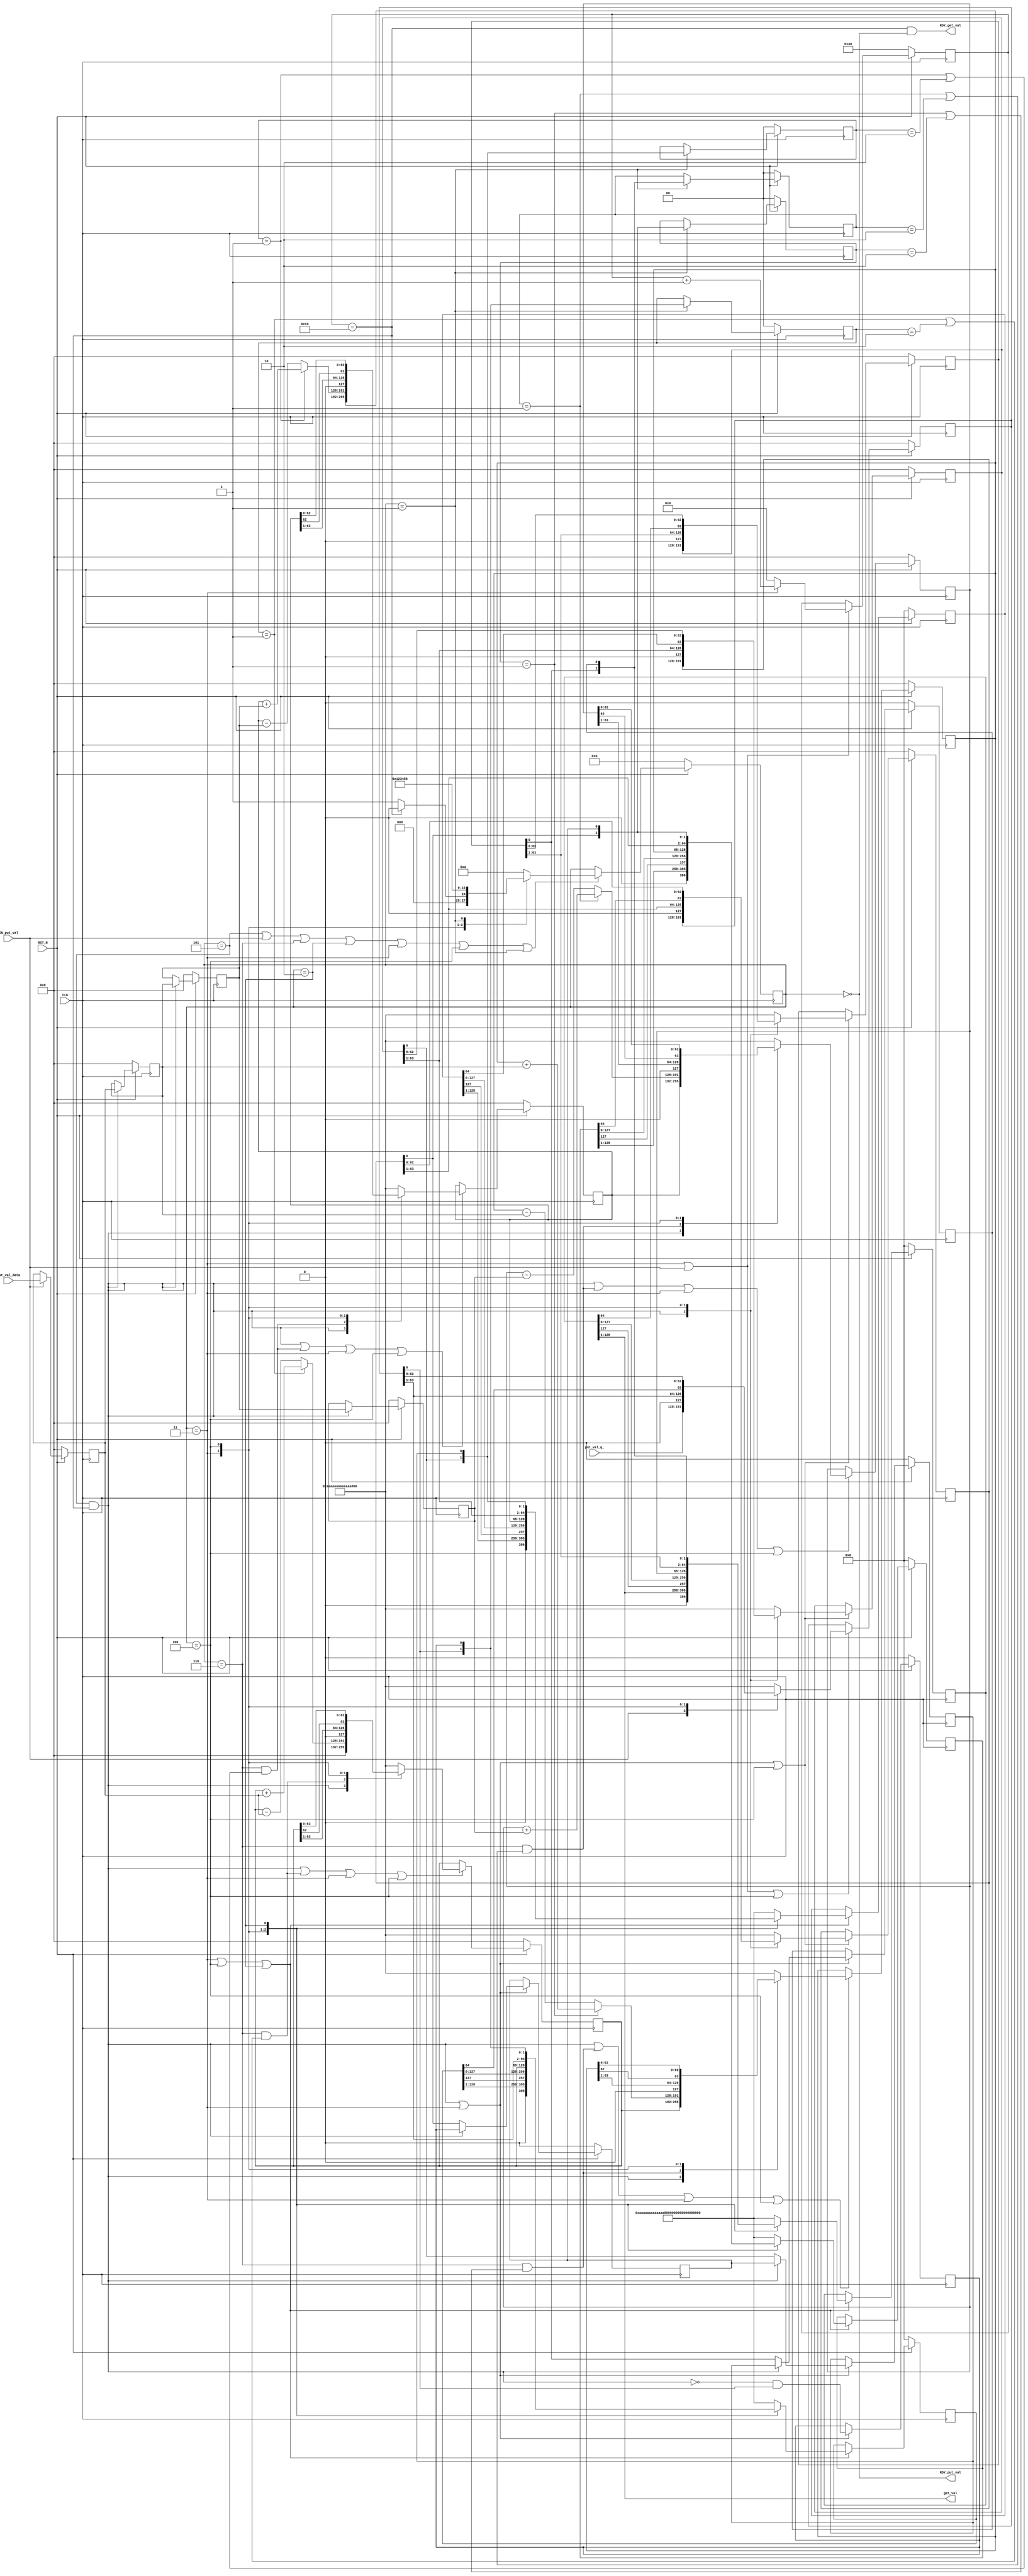
//
// Generated by Bluespec Compiler, version 2021.12.1 (build fd501401)
//
// On Mon Dec 11 01:23:20 IST 2023
//
//
// Ports:
// Name                         I/O  size props
// RDY_put_val                    O     1
// get_val                        O   128 reg
// RDY_get_val                    O     1
// CLK                            I     1 clock
// RST_N                          I     1 reset
// put_val_data                   I    64 reg
// put_val_q_                     I    64
// EN_put_val                     I     1
//
// No combinational paths from inputs to outputs
//
//

`ifdef BSV_ASSIGNMENT_DELAY
`else
  `define BSV_ASSIGNMENT_DELAY
`endif

`ifdef BSV_POSITIVE_RESET
  `define BSV_RESET_VALUE 1'b1
  `define BSV_RESET_EDGE posedge
`else
  `define BSV_RESET_VALUE 1'b0
  `define BSV_RESET_EDGE negedge
`endif

module mkMul(CLK,
	     RST_N,

	     put_val_data,
	     put_val_q_,
	     EN_put_val,
	     RDY_put_val,

	     get_val,
	     RDY_get_val);
  input  CLK;
  input  RST_N;

  // action method put_val
  input  [63 : 0] put_val_data;
  input  [63 : 0] put_val_q_;
  input  EN_put_val;
  output RDY_put_val;

  // value method get_val
  output [127 : 0] get_val;
  output RDY_get_val;

  // signals for module outputs
  wire [127 : 0] get_val;
  wire RDY_get_val, RDY_put_val;

  // register accumulator
  reg [63 : 0] accumulator;
  reg [63 : 0] accumulator$D_IN;
  wire accumulator$EN;

  // register accumulator_1
  reg [63 : 0] accumulator_1;
  reg [63 : 0] accumulator_1$D_IN;
  wire accumulator_1$EN;

  // register accumulator_2
  reg [63 : 0] accumulator_2;
  reg [63 : 0] accumulator_2$D_IN;
  wire accumulator_2$EN;

  // register accumulator_3
  reg [63 : 0] accumulator_3;
  reg [63 : 0] accumulator_3$D_IN;
  wire accumulator_3$EN;

  // register accumulatorqq
  reg [128 : 0] accumulatorqq;
  reg [128 : 0] accumulatorqq$D_IN;
  wire accumulatorqq$EN;

  // register accumulatorqq_1
  reg [128 : 0] accumulatorqq_1;
  reg [128 : 0] accumulatorqq_1$D_IN;
  wire accumulatorqq_1$EN;

  // register accumulatorqq_2
  reg [128 : 0] accumulatorqq_2;
  reg [128 : 0] accumulatorqq_2$D_IN;
  wire accumulatorqq_2$EN;

  // register accumulatorqq_3
  reg [128 : 0] accumulatorqq_3;
  reg [128 : 0] accumulatorqq_3$D_IN;
  wire accumulatorqq_3$EN;

  // register counter
  reg [7 : 0] counter;
  wire [7 : 0] counter$D_IN;
  wire counter$EN;

  // register counter_1
  reg [7 : 0] counter_1;
  wire [7 : 0] counter_1$D_IN;
  wire counter_1$EN;

  // register counter_2
  reg [7 : 0] counter_2;
  wire [7 : 0] counter_2$D_IN;
  wire counter_2$EN;

  // register counter_3
  reg [7 : 0] counter_3;
  wire [7 : 0] counter_3$D_IN;
  wire counter_3$EN;

  // register delay
  reg [1 : 0] delay;
  wire [1 : 0] delay$D_IN;
  wire delay$EN;

  // register m
  reg [63 : 0] m;
  wire [63 : 0] m$D_IN;
  wire m$EN;

  // register m_1
  reg [63 : 0] m_1;
  wire [63 : 0] m_1$D_IN;
  wire m_1$EN;

  // register m_2
  reg [63 : 0] m_2;
  wire [63 : 0] m_2$D_IN;
  wire m_2$EN;

  // register m_3
  reg [63 : 0] m_3;
  wire [63 : 0] m_3$D_IN;
  wire m_3$EN;

  // register q
  reg [63 : 0] q;
  reg [63 : 0] q$D_IN;
  wire q$EN;

  // register q1
  reg q1;
  wire q1$D_IN, q1$EN;

  // register q1_1
  reg q1_1;
  wire q1_1$D_IN, q1_1$EN;

  // register q1_2
  reg q1_2;
  wire q1_2$D_IN, q1_2$EN;

  // register q1_3
  reg q1_3;
  wire q1_3$D_IN, q1_3$EN;

  // register q_1
  reg [63 : 0] q_1;
  reg [63 : 0] q_1$D_IN;
  wire q_1$EN;

  // register q_2
  reg [63 : 0] q_2;
  reg [63 : 0] q_2$D_IN;
  wire q_2$EN;

  // register q_3
  reg [63 : 0] q_3;
  reg [63 : 0] q_3$D_IN;
  wire q_3$EN;

  // register qq
  reg [1 : 0] qq;
  wire [1 : 0] qq$D_IN;
  wire qq$EN;

  // register qq_1
  reg [1 : 0] qq_1;
  wire [1 : 0] qq_1$D_IN;
  wire qq_1$EN;

  // register qq_2
  reg [1 : 0] qq_2;
  wire [1 : 0] qq_2$D_IN;
  wire qq_2$EN;

  // register qq_3
  reg [1 : 0] qq_3;
  wire [1 : 0] qq_3$D_IN;
  wire qq_3$EN;

  // register state
  reg [3 : 0] state;
  reg [3 : 0] state$D_IN;
  wire state$EN;

  // inputs to muxes for submodule ports
  wire [128 : 0] MUX_accumulatorqq$write_1__VAL_1,
		 MUX_accumulatorqq$write_1__VAL_2,
		 MUX_accumulatorqq$write_1__VAL_3,
		 MUX_accumulatorqq_1$write_1__VAL_1,
		 MUX_accumulatorqq_1$write_1__VAL_2,
		 MUX_accumulatorqq_1$write_1__VAL_3,
		 MUX_accumulatorqq_2$write_1__VAL_1,
		 MUX_accumulatorqq_2$write_1__VAL_2,
		 MUX_accumulatorqq_2$write_1__VAL_3,
		 MUX_accumulatorqq_3$write_1__VAL_1,
		 MUX_accumulatorqq_3$write_1__VAL_2,
		 MUX_accumulatorqq_3$write_1__VAL_3;
  wire [63 : 0] MUX_accumulator$write_1__VAL_2,
		MUX_accumulator$write_1__VAL_3,
		MUX_accumulator$write_1__VAL_4,
		MUX_accumulator_1$write_1__VAL_2,
		MUX_accumulator_1$write_1__VAL_3,
		MUX_accumulator_1$write_1__VAL_4,
		MUX_accumulator_2$write_1__VAL_2,
		MUX_accumulator_2$write_1__VAL_3,
		MUX_accumulator_2$write_1__VAL_4,
		MUX_accumulator_3$write_1__VAL_2,
		MUX_accumulator_3$write_1__VAL_3,
		MUX_accumulator_3$write_1__VAL_4,
		MUX_q$write_1__VAL_2,
		MUX_q$write_1__VAL_3,
		MUX_q_1$write_1__VAL_2,
		MUX_q_1$write_1__VAL_3,
		MUX_q_2$write_1__VAL_2,
		MUX_q_2$write_1__VAL_3,
		MUX_q_3$write_1__VAL_2,
		MUX_q_3$write_1__VAL_3;
  wire [7 : 0] MUX_counter$write_1__VAL_1;
  wire [3 : 0] MUX_state$write_1__VAL_1;
  wire MUX_accumulator$write_1__SEL_1,
       MUX_accumulator$write_1__SEL_2,
       MUX_accumulator_1$write_1__SEL_2,
       MUX_accumulator_2$write_1__SEL_2,
       MUX_accumulator_3$write_1__SEL_2;

  // remaining internal signals
  wire [63 : 0] x__h1298,
		x__h1360,
		x__h1429,
		x__h1476,
		x__h1547,
		x__h1594,
		x__h1665,
		x__h1712;

  // action method put_val
  assign RDY_put_val = state == 4'd0 ;

  // value method get_val
  assign get_val = accumulatorqq_3[128:1] ;
  assign RDY_get_val = counter == 8'd16 && state == 4'd0 ;

  // inputs to muxes for submodule ports
  assign MUX_accumulator$write_1__SEL_1 = state == 4'd5 && counter == 8'd16 ;
  assign MUX_accumulator$write_1__SEL_2 =
	     state == 4'd6 && (qq == 2'b01 || qq == 2'b10) ;
  assign MUX_accumulator_1$write_1__SEL_2 =
	     state == 4'd6 && (qq_1 == 2'b01 || qq_1 == 2'b10) ;
  assign MUX_accumulator_2$write_1__SEL_2 =
	     state == 4'd6 && (qq_2 == 2'b01 || qq_2 == 2'b10) ;
  assign MUX_accumulator_3$write_1__SEL_2 =
	     state == 4'd6 && (qq_3 == 2'b01 || qq_3 == 2'b10) ;
  assign MUX_accumulator$write_1__VAL_2 =
	     (qq == 2'b01) ? x__h1298 : x__h1360 ;
  assign MUX_accumulator$write_1__VAL_3 = { 1'd0, accumulator[63:1] } ;
  assign MUX_accumulator$write_1__VAL_4 =
	     { accumulator[62], accumulator[62:0] } ;
  assign MUX_accumulator_1$write_1__VAL_2 =
	     (qq_1 == 2'b01) ? x__h1429 : x__h1476 ;
  assign MUX_accumulator_1$write_1__VAL_3 = { 1'd0, accumulator_1[63:1] } ;
  assign MUX_accumulator_1$write_1__VAL_4 =
	     { accumulator_1[62], accumulator_1[62:0] } ;
  assign MUX_accumulator_2$write_1__VAL_2 =
	     (qq_2 == 2'b01) ? x__h1547 : x__h1594 ;
  assign MUX_accumulator_2$write_1__VAL_3 = { 1'd0, accumulator_2[63:1] } ;
  assign MUX_accumulator_2$write_1__VAL_4 =
	     { accumulator_2[62], accumulator_2[62:0] } ;
  assign MUX_accumulator_3$write_1__VAL_2 =
	     (qq_3 == 2'b01) ? x__h1665 : x__h1712 ;
  assign MUX_accumulator_3$write_1__VAL_3 = { 1'd0, accumulator_3[63:1] } ;
  assign MUX_accumulator_3$write_1__VAL_4 =
	     { accumulator_3[62], accumulator_3[62:0] } ;
  assign MUX_accumulatorqq$write_1__VAL_1 = { 1'd0, accumulatorqq[128:1] } ;
  assign MUX_accumulatorqq$write_1__VAL_2 =
	     { accumulatorqq[127], accumulatorqq[127:0] } ;
  assign MUX_accumulatorqq$write_1__VAL_3 = { accumulator, q, q1 } ;
  assign MUX_accumulatorqq_1$write_1__VAL_1 =
	     { 1'd0, accumulatorqq_1[128:1] } ;
  assign MUX_accumulatorqq_1$write_1__VAL_2 =
	     { accumulatorqq_1[127], accumulatorqq_1[127:0] } ;
  assign MUX_accumulatorqq_1$write_1__VAL_3 = { accumulator_1, q_1, q1_1 } ;
  assign MUX_accumulatorqq_2$write_1__VAL_1 =
	     { 1'd0, accumulatorqq_2[128:1] } ;
  assign MUX_accumulatorqq_2$write_1__VAL_2 =
	     { accumulatorqq_2[127], accumulatorqq_2[127:0] } ;
  assign MUX_accumulatorqq_2$write_1__VAL_3 = { accumulator_2, q_2, q1_2 } ;
  assign MUX_accumulatorqq_3$write_1__VAL_1 =
	     { 1'd0, accumulatorqq_3[128:1] } ;
  assign MUX_accumulatorqq_3$write_1__VAL_2 =
	     { accumulatorqq_3[127], accumulatorqq_3[127:0] } ;
  assign MUX_accumulatorqq_3$write_1__VAL_3 = { accumulator_3, q_3, q1_3 } ;
  assign MUX_counter$write_1__VAL_1 = counter + 8'd1 ;
  assign MUX_q$write_1__VAL_2 = { 1'd0, q[63:1] } ;
  assign MUX_q$write_1__VAL_3 = { accumulatorqq[64], q[62:0] } ;
  assign MUX_q_1$write_1__VAL_2 = { 1'd0, q_1[63:1] } ;
  assign MUX_q_1$write_1__VAL_3 = { accumulatorqq_1[64], q_1[62:0] } ;
  assign MUX_q_2$write_1__VAL_2 = { 1'd0, q_2[63:1] } ;
  assign MUX_q_2$write_1__VAL_3 = { accumulatorqq_2[64], q_2[62:0] } ;
  assign MUX_q_3$write_1__VAL_2 = { 1'd0, q_3[63:1] } ;
  assign MUX_q_3$write_1__VAL_3 = { accumulatorqq_3[64], q_3[62:0] } ;
  assign MUX_state$write_1__VAL_1 = (counter == 8'd16) ? 4'd0 : 4'd1 ;

  // register accumulator
  always@(MUX_accumulator$write_1__SEL_1 or
	  MUX_accumulator$write_1__SEL_2 or
	  MUX_accumulator$write_1__VAL_2 or
	  state or
	  MUX_accumulator$write_1__VAL_3 or MUX_accumulator$write_1__VAL_4)
  begin
    case (1'b1) // synopsys parallel_case
      MUX_accumulator$write_1__SEL_1: accumulator$D_IN = 64'd0;
      MUX_accumulator$write_1__SEL_2:
	  accumulator$D_IN = MUX_accumulator$write_1__VAL_2;
      state == 4'd3: accumulator$D_IN = MUX_accumulator$write_1__VAL_3;
      state == 4'd4: accumulator$D_IN = MUX_accumulator$write_1__VAL_4;
      default: accumulator$D_IN =
		   64'hAAAAAAAAAAAAAAAA /* unspecified value */ ;
    endcase
  end
  assign accumulator$EN =
	     state == 4'd5 && counter == 8'd16 ||
	     state == 4'd6 && (qq == 2'b01 || qq == 2'b10) ||
	     state == 4'd3 ||
	     state == 4'd4 ;

  // register accumulator_1
  always@(MUX_accumulator$write_1__SEL_1 or
	  accumulator or
	  MUX_accumulator_1$write_1__SEL_2 or
	  MUX_accumulator_1$write_1__VAL_2 or
	  state or
	  MUX_accumulator_1$write_1__VAL_3 or
	  MUX_accumulator_1$write_1__VAL_4)
  begin
    case (1'b1) // synopsys parallel_case
      MUX_accumulator$write_1__SEL_1: accumulator_1$D_IN = accumulator;
      MUX_accumulator_1$write_1__SEL_2:
	  accumulator_1$D_IN = MUX_accumulator_1$write_1__VAL_2;
      state == 4'd3: accumulator_1$D_IN = MUX_accumulator_1$write_1__VAL_3;
      state == 4'd4: accumulator_1$D_IN = MUX_accumulator_1$write_1__VAL_4;
      default: accumulator_1$D_IN =
		   64'hAAAAAAAAAAAAAAAA /* unspecified value */ ;
    endcase
  end
  assign accumulator_1$EN =
	     state == 4'd5 && counter == 8'd16 ||
	     state == 4'd6 && (qq_1 == 2'b01 || qq_1 == 2'b10) ||
	     state == 4'd3 ||
	     state == 4'd4 ;

  // register accumulator_2
  always@(MUX_accumulator$write_1__SEL_1 or
	  accumulator_1 or
	  MUX_accumulator_2$write_1__SEL_2 or
	  MUX_accumulator_2$write_1__VAL_2 or
	  state or
	  MUX_accumulator_2$write_1__VAL_3 or
	  MUX_accumulator_2$write_1__VAL_4)
  begin
    case (1'b1) // synopsys parallel_case
      MUX_accumulator$write_1__SEL_1: accumulator_2$D_IN = accumulator_1;
      MUX_accumulator_2$write_1__SEL_2:
	  accumulator_2$D_IN = MUX_accumulator_2$write_1__VAL_2;
      state == 4'd3: accumulator_2$D_IN = MUX_accumulator_2$write_1__VAL_3;
      state == 4'd4: accumulator_2$D_IN = MUX_accumulator_2$write_1__VAL_4;
      default: accumulator_2$D_IN =
		   64'hAAAAAAAAAAAAAAAA /* unspecified value */ ;
    endcase
  end
  assign accumulator_2$EN =
	     state == 4'd5 && counter == 8'd16 ||
	     state == 4'd6 && (qq_2 == 2'b01 || qq_2 == 2'b10) ||
	     state == 4'd3 ||
	     state == 4'd4 ;

  // register accumulator_3
  always@(MUX_accumulator$write_1__SEL_1 or
	  accumulator_2 or
	  MUX_accumulator_3$write_1__SEL_2 or
	  MUX_accumulator_3$write_1__VAL_2 or
	  state or
	  MUX_accumulator_3$write_1__VAL_3 or
	  MUX_accumulator_3$write_1__VAL_4)
  begin
    case (1'b1) // synopsys parallel_case
      MUX_accumulator$write_1__SEL_1: accumulator_3$D_IN = accumulator_2;
      MUX_accumulator_3$write_1__SEL_2:
	  accumulator_3$D_IN = MUX_accumulator_3$write_1__VAL_2;
      state == 4'd3: accumulator_3$D_IN = MUX_accumulator_3$write_1__VAL_3;
      state == 4'd4: accumulator_3$D_IN = MUX_accumulator_3$write_1__VAL_4;
      default: accumulator_3$D_IN =
		   64'hAAAAAAAAAAAAAAAA /* unspecified value */ ;
    endcase
  end
  assign accumulator_3$EN =
	     state == 4'd5 && counter == 8'd16 ||
	     state == 4'd6 && (qq_3 == 2'b01 || qq_3 == 2'b10) ||
	     state == 4'd3 ||
	     state == 4'd4 ;

  // register accumulatorqq
  always@(state or
	  MUX_accumulatorqq$write_1__VAL_1 or
	  MUX_accumulatorqq$write_1__VAL_2 or
	  MUX_accumulatorqq$write_1__VAL_3)
  begin
    case (1'b1) // synopsys parallel_case
      state == 4'd3: accumulatorqq$D_IN = MUX_accumulatorqq$write_1__VAL_1;
      state == 4'd4: accumulatorqq$D_IN = MUX_accumulatorqq$write_1__VAL_2;
      state == 4'd2: accumulatorqq$D_IN = MUX_accumulatorqq$write_1__VAL_3;
      default: accumulatorqq$D_IN =
		   129'h0AAAAAAAAAAAAAAAAAAAAAAAAAAAAAAAA /* unspecified value */ ;
    endcase
  end
  assign accumulatorqq$EN = state == 4'd3 || state == 4'd4 || state == 4'd2 ;

  // register accumulatorqq_1
  always@(state or
	  MUX_accumulatorqq_1$write_1__VAL_1 or
	  MUX_accumulatorqq_1$write_1__VAL_2 or
	  MUX_accumulatorqq_1$write_1__VAL_3)
  begin
    case (1'b1) // synopsys parallel_case
      state == 4'd3:
	  accumulatorqq_1$D_IN = MUX_accumulatorqq_1$write_1__VAL_1;
      state == 4'd4:
	  accumulatorqq_1$D_IN = MUX_accumulatorqq_1$write_1__VAL_2;
      state == 4'd2:
	  accumulatorqq_1$D_IN = MUX_accumulatorqq_1$write_1__VAL_3;
      default: accumulatorqq_1$D_IN =
		   129'h0AAAAAAAAAAAAAAAAAAAAAAAAAAAAAAAA /* unspecified value */ ;
    endcase
  end
  assign accumulatorqq_1$EN =
	     state == 4'd3 || state == 4'd4 || state == 4'd2 ;

  // register accumulatorqq_2
  always@(state or
	  MUX_accumulatorqq_2$write_1__VAL_1 or
	  MUX_accumulatorqq_2$write_1__VAL_2 or
	  MUX_accumulatorqq_2$write_1__VAL_3)
  begin
    case (1'b1) // synopsys parallel_case
      state == 4'd3:
	  accumulatorqq_2$D_IN = MUX_accumulatorqq_2$write_1__VAL_1;
      state == 4'd4:
	  accumulatorqq_2$D_IN = MUX_accumulatorqq_2$write_1__VAL_2;
      state == 4'd2:
	  accumulatorqq_2$D_IN = MUX_accumulatorqq_2$write_1__VAL_3;
      default: accumulatorqq_2$D_IN =
		   129'h0AAAAAAAAAAAAAAAAAAAAAAAAAAAAAAAA /* unspecified value */ ;
    endcase
  end
  assign accumulatorqq_2$EN =
	     state == 4'd3 || state == 4'd4 || state == 4'd2 ;

  // register accumulatorqq_3
  always@(state or
	  MUX_accumulatorqq_3$write_1__VAL_1 or
	  MUX_accumulatorqq_3$write_1__VAL_2 or
	  MUX_accumulatorqq_3$write_1__VAL_3)
  begin
    case (1'b1) // synopsys parallel_case
      state == 4'd3:
	  accumulatorqq_3$D_IN = MUX_accumulatorqq_3$write_1__VAL_1;
      state == 4'd4:
	  accumulatorqq_3$D_IN = MUX_accumulatorqq_3$write_1__VAL_2;
      state == 4'd2:
	  accumulatorqq_3$D_IN = MUX_accumulatorqq_3$write_1__VAL_3;
      default: accumulatorqq_3$D_IN =
		   129'h0AAAAAAAAAAAAAAAAAAAAAAAAAAAAAAAA /* unspecified value */ ;
    endcase
  end
  assign accumulatorqq_3$EN =
	     state == 4'd3 || state == 4'd4 || state == 4'd2 ;

  // register counter
  assign counter$D_IN = (state == 4'd3) ? MUX_counter$write_1__VAL_1 : 8'd0 ;
  assign counter$EN = state == 4'd3 || EN_put_val ;

  // register counter_1
  assign counter_1$D_IN = 8'h0 ;
  assign counter_1$EN = 1'b0 ;

  // register counter_2
  assign counter_2$D_IN = 8'h0 ;
  assign counter_2$EN = 1'b0 ;

  // register counter_3
  assign counter_3$D_IN = 8'h0 ;
  assign counter_3$EN = 1'b0 ;

  // register delay
  assign delay$D_IN = delay + 2'd1 ;
  assign delay$EN = MUX_accumulator$write_1__SEL_1 ;

  // register m
  assign m$D_IN = put_val_data ;
  assign m$EN = EN_put_val ;

  // register m_1
  assign m_1$D_IN = m ;
  assign m_1$EN = MUX_accumulator$write_1__SEL_1 ;

  // register m_2
  assign m_2$D_IN = m_1 ;
  assign m_2$EN = MUX_accumulator$write_1__SEL_1 ;

  // register m_3
  assign m_3$D_IN = m_2 ;
  assign m_3$EN = MUX_accumulator$write_1__SEL_1 ;

  // register q
  always@(EN_put_val or
	  put_val_q_ or state or MUX_q$write_1__VAL_2 or MUX_q$write_1__VAL_3)
  begin
    case (1'b1) // synopsys parallel_case
      EN_put_val: q$D_IN = put_val_q_;
      state == 4'd3: q$D_IN = MUX_q$write_1__VAL_2;
      state == 4'd4: q$D_IN = MUX_q$write_1__VAL_3;
      default: q$D_IN = 64'hAAAAAAAAAAAAAAAA /* unspecified value */ ;
    endcase
  end
  assign q$EN = EN_put_val || state == 4'd3 || state == 4'd4 ;

  // register q1
  assign q1$D_IN = !MUX_accumulator$write_1__SEL_1 && q[0] ;
  assign q1$EN = state == 4'd5 && counter == 8'd16 || state == 4'd3 ;

  // register q1_1
  assign q1_1$D_IN = MUX_accumulator$write_1__SEL_1 ? q1 : q_1[0] ;
  assign q1_1$EN = state == 4'd5 && counter == 8'd16 || state == 4'd3 ;

  // register q1_2
  assign q1_2$D_IN = MUX_accumulator$write_1__SEL_1 ? q1_1 : q_2[0] ;
  assign q1_2$EN = state == 4'd5 && counter == 8'd16 || state == 4'd3 ;

  // register q1_3
  assign q1_3$D_IN = MUX_accumulator$write_1__SEL_1 ? q1_2 : q_3[0] ;
  assign q1_3$EN = state == 4'd5 && counter == 8'd16 || state == 4'd3 ;

  // register q_1
  always@(MUX_accumulator$write_1__SEL_1 or
	  q or state or MUX_q_1$write_1__VAL_2 or MUX_q_1$write_1__VAL_3)
  begin
    case (1'b1) // synopsys parallel_case
      MUX_accumulator$write_1__SEL_1: q_1$D_IN = q;
      state == 4'd3: q_1$D_IN = MUX_q_1$write_1__VAL_2;
      state == 4'd4: q_1$D_IN = MUX_q_1$write_1__VAL_3;
      default: q_1$D_IN = 64'hAAAAAAAAAAAAAAAA /* unspecified value */ ;
    endcase
  end
  assign q_1$EN =
	     state == 4'd5 && counter == 8'd16 || state == 4'd3 ||
	     state == 4'd4 ;

  // register q_2
  always@(MUX_accumulator$write_1__SEL_1 or
	  q_1 or state or MUX_q_2$write_1__VAL_2 or MUX_q_2$write_1__VAL_3)
  begin
    case (1'b1) // synopsys parallel_case
      MUX_accumulator$write_1__SEL_1: q_2$D_IN = q_1;
      state == 4'd3: q_2$D_IN = MUX_q_2$write_1__VAL_2;
      state == 4'd4: q_2$D_IN = MUX_q_2$write_1__VAL_3;
      default: q_2$D_IN = 64'hAAAAAAAAAAAAAAAA /* unspecified value */ ;
    endcase
  end
  assign q_2$EN =
	     state == 4'd5 && counter == 8'd16 || state == 4'd3 ||
	     state == 4'd4 ;

  // register q_3
  always@(MUX_accumulator$write_1__SEL_1 or
	  q_2 or state or MUX_q_3$write_1__VAL_2 or MUX_q_3$write_1__VAL_3)
  begin
    case (1'b1) // synopsys parallel_case
      MUX_accumulator$write_1__SEL_1: q_3$D_IN = q_2;
      state == 4'd3: q_3$D_IN = MUX_q_3$write_1__VAL_2;
      state == 4'd4: q_3$D_IN = MUX_q_3$write_1__VAL_3;
      default: q_3$D_IN = 64'hAAAAAAAAAAAAAAAA /* unspecified value */ ;
    endcase
  end
  assign q_3$EN =
	     state == 4'd5 && counter == 8'd16 || state == 4'd3 ||
	     state == 4'd4 ;

  // register qq
  assign qq$D_IN = { q[0], q1 } ;
  assign qq$EN = state == 4'd1 ;

  // register qq_1
  assign qq_1$D_IN = { q_1[0], q1_1 } ;
  assign qq_1$EN = state == 4'd1 ;

  // register qq_2
  assign qq_2$D_IN = { q_2[0], q1_2 } ;
  assign qq_2$EN = state == 4'd1 ;

  // register qq_3
  assign qq_3$D_IN = { q_3[0], q1_3 } ;
  assign qq_3$EN = state == 4'd1 ;

  // register state
  always@(state or MUX_state$write_1__VAL_1 or EN_put_val)
  begin
    case (1'b1) // synopsys parallel_case
      state == 4'd5: state$D_IN = MUX_state$write_1__VAL_1;
      EN_put_val: state$D_IN = 4'd1;
      state == 4'd6: state$D_IN = 4'd2;
      state == 4'd2: state$D_IN = 4'd3;
      state == 4'd3: state$D_IN = 4'd4;
      state == 4'd4: state$D_IN = 4'd5;
      state == 4'd1: state$D_IN = 4'd6;
      default: state$D_IN = 4'b1010 /* unspecified value */ ;
    endcase
  end
  assign state$EN =
	     state == 4'd5 || EN_put_val || state == 4'd6 || state == 4'd2 ||
	     state == 4'd3 ||
	     state == 4'd4 ||
	     state == 4'd1 ;

  // remaining internal signals
  assign x__h1298 = accumulator + m ;
  assign x__h1360 = accumulator - m ;
  assign x__h1429 = accumulator_1 + m_1 ;
  assign x__h1476 = accumulator_1 - m_1 ;
  assign x__h1547 = accumulator_2 + m_2 ;
  assign x__h1594 = accumulator_2 - m_2 ;
  assign x__h1665 = accumulator_3 + m_3 ;
  assign x__h1712 = accumulator_3 - m_3 ;

  // handling of inlined registers

  always@(posedge CLK)
  begin
    if (RST_N == `BSV_RESET_VALUE)
      begin
        accumulator <= `BSV_ASSIGNMENT_DELAY 64'd0;
	accumulator_1 <= `BSV_ASSIGNMENT_DELAY 64'd0;
	accumulator_2 <= `BSV_ASSIGNMENT_DELAY 64'd0;
	accumulator_3 <= `BSV_ASSIGNMENT_DELAY 64'd0;
	accumulatorqq <= `BSV_ASSIGNMENT_DELAY 129'd0;
	accumulatorqq_1 <= `BSV_ASSIGNMENT_DELAY 129'd0;
	accumulatorqq_2 <= `BSV_ASSIGNMENT_DELAY 129'd0;
	accumulatorqq_3 <= `BSV_ASSIGNMENT_DELAY 129'd0;
	counter <= `BSV_ASSIGNMENT_DELAY 8'd64;
	counter_1 <= `BSV_ASSIGNMENT_DELAY 8'd64;
	counter_2 <= `BSV_ASSIGNMENT_DELAY 8'd64;
	counter_3 <= `BSV_ASSIGNMENT_DELAY 8'd64;
	delay <= `BSV_ASSIGNMENT_DELAY 2'd0;
	m <= `BSV_ASSIGNMENT_DELAY 64'd0;
	m_1 <= `BSV_ASSIGNMENT_DELAY 64'd0;
	m_2 <= `BSV_ASSIGNMENT_DELAY 64'd0;
	m_3 <= `BSV_ASSIGNMENT_DELAY 64'd0;
	q <= `BSV_ASSIGNMENT_DELAY 64'd0;
	q1 <= `BSV_ASSIGNMENT_DELAY 1'd0;
	q1_1 <= `BSV_ASSIGNMENT_DELAY 1'd0;
	q1_2 <= `BSV_ASSIGNMENT_DELAY 1'd0;
	q1_3 <= `BSV_ASSIGNMENT_DELAY 1'd0;
	q_1 <= `BSV_ASSIGNMENT_DELAY 64'd0;
	q_2 <= `BSV_ASSIGNMENT_DELAY 64'd0;
	q_3 <= `BSV_ASSIGNMENT_DELAY 64'd0;
	qq <= `BSV_ASSIGNMENT_DELAY 2'd0;
	qq_1 <= `BSV_ASSIGNMENT_DELAY 2'd0;
	qq_2 <= `BSV_ASSIGNMENT_DELAY 2'd0;
	qq_3 <= `BSV_ASSIGNMENT_DELAY 2'd0;
	state <= `BSV_ASSIGNMENT_DELAY 4'd0;
      end
    else
      begin
        if (accumulator$EN)
	  accumulator <= `BSV_ASSIGNMENT_DELAY accumulator$D_IN;
	if (accumulator_1$EN)
	  accumulator_1 <= `BSV_ASSIGNMENT_DELAY accumulator_1$D_IN;
	if (accumulator_2$EN)
	  accumulator_2 <= `BSV_ASSIGNMENT_DELAY accumulator_2$D_IN;
	if (accumulator_3$EN)
	  accumulator_3 <= `BSV_ASSIGNMENT_DELAY accumulator_3$D_IN;
	if (accumulatorqq$EN)
	  accumulatorqq <= `BSV_ASSIGNMENT_DELAY accumulatorqq$D_IN;
	if (accumulatorqq_1$EN)
	  accumulatorqq_1 <= `BSV_ASSIGNMENT_DELAY accumulatorqq_1$D_IN;
	if (accumulatorqq_2$EN)
	  accumulatorqq_2 <= `BSV_ASSIGNMENT_DELAY accumulatorqq_2$D_IN;
	if (accumulatorqq_3$EN)
	  accumulatorqq_3 <= `BSV_ASSIGNMENT_DELAY accumulatorqq_3$D_IN;
	if (counter$EN) counter <= `BSV_ASSIGNMENT_DELAY counter$D_IN;
	if (counter_1$EN) counter_1 <= `BSV_ASSIGNMENT_DELAY counter_1$D_IN;
	if (counter_2$EN) counter_2 <= `BSV_ASSIGNMENT_DELAY counter_2$D_IN;
	if (counter_3$EN) counter_3 <= `BSV_ASSIGNMENT_DELAY counter_3$D_IN;
	if (delay$EN) delay <= `BSV_ASSIGNMENT_DELAY delay$D_IN;
	if (m$EN) m <= `BSV_ASSIGNMENT_DELAY m$D_IN;
	if (m_1$EN) m_1 <= `BSV_ASSIGNMENT_DELAY m_1$D_IN;
	if (m_2$EN) m_2 <= `BSV_ASSIGNMENT_DELAY m_2$D_IN;
	if (m_3$EN) m_3 <= `BSV_ASSIGNMENT_DELAY m_3$D_IN;
	if (q$EN) q <= `BSV_ASSIGNMENT_DELAY q$D_IN;
	if (q1$EN) q1 <= `BSV_ASSIGNMENT_DELAY q1$D_IN;
	if (q1_1$EN) q1_1 <= `BSV_ASSIGNMENT_DELAY q1_1$D_IN;
	if (q1_2$EN) q1_2 <= `BSV_ASSIGNMENT_DELAY q1_2$D_IN;
	if (q1_3$EN) q1_3 <= `BSV_ASSIGNMENT_DELAY q1_3$D_IN;
	if (q_1$EN) q_1 <= `BSV_ASSIGNMENT_DELAY q_1$D_IN;
	if (q_2$EN) q_2 <= `BSV_ASSIGNMENT_DELAY q_2$D_IN;
	if (q_3$EN) q_3 <= `BSV_ASSIGNMENT_DELAY q_3$D_IN;
	if (qq$EN) qq <= `BSV_ASSIGNMENT_DELAY qq$D_IN;
	if (qq_1$EN) qq_1 <= `BSV_ASSIGNMENT_DELAY qq_1$D_IN;
	if (qq_2$EN) qq_2 <= `BSV_ASSIGNMENT_DELAY qq_2$D_IN;
	if (qq_3$EN) qq_3 <= `BSV_ASSIGNMENT_DELAY qq_3$D_IN;
	if (state$EN) state <= `BSV_ASSIGNMENT_DELAY state$D_IN;
      end
  end

  // synopsys translate_off
  `ifdef BSV_NO_INITIAL_BLOCKS
  `else // not BSV_NO_INITIAL_BLOCKS
  initial
  begin
    accumulator = 64'hAAAAAAAAAAAAAAAA;
    accumulator_1 = 64'hAAAAAAAAAAAAAAAA;
    accumulator_2 = 64'hAAAAAAAAAAAAAAAA;
    accumulator_3 = 64'hAAAAAAAAAAAAAAAA;
    accumulatorqq = 129'h0AAAAAAAAAAAAAAAAAAAAAAAAAAAAAAAA;
    accumulatorqq_1 = 129'h0AAAAAAAAAAAAAAAAAAAAAAAAAAAAAAAA;
    accumulatorqq_2 = 129'h0AAAAAAAAAAAAAAAAAAAAAAAAAAAAAAAA;
    accumulatorqq_3 = 129'h0AAAAAAAAAAAAAAAAAAAAAAAAAAAAAAAA;
    counter = 8'hAA;
    counter_1 = 8'hAA;
    counter_2 = 8'hAA;
    counter_3 = 8'hAA;
    delay = 2'h2;
    m = 64'hAAAAAAAAAAAAAAAA;
    m_1 = 64'hAAAAAAAAAAAAAAAA;
    m_2 = 64'hAAAAAAAAAAAAAAAA;
    m_3 = 64'hAAAAAAAAAAAAAAAA;
    q = 64'hAAAAAAAAAAAAAAAA;
    q1 = 1'h0;
    q1_1 = 1'h0;
    q1_2 = 1'h0;
    q1_3 = 1'h0;
    q_1 = 64'hAAAAAAAAAAAAAAAA;
    q_2 = 64'hAAAAAAAAAAAAAAAA;
    q_3 = 64'hAAAAAAAAAAAAAAAA;
    qq = 2'h2;
    qq_1 = 2'h2;
    qq_2 = 2'h2;
    qq_3 = 2'h2;
    state = 4'hA;
  end
  `endif // BSV_NO_INITIAL_BLOCKS
  // synopsys translate_on
endmodule  // mkMul